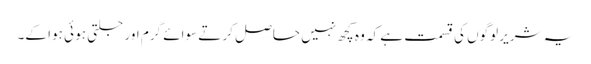
یہ شریر لوگوں کی قسمت ہے کہ وہ کچھ نہیں حاصل کر تے سوائے گرم اور جلتی ہو ئی ہوا کے۔